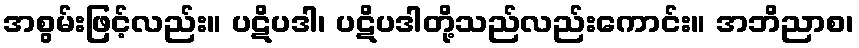
အစွမ်းဖြင့်လည်း။ ပဋိပဒါ၊ ပဋိပဒါတို့သည်လည်းကောင်း။ အဘိညာစ၊